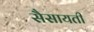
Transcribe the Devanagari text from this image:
सैसायती